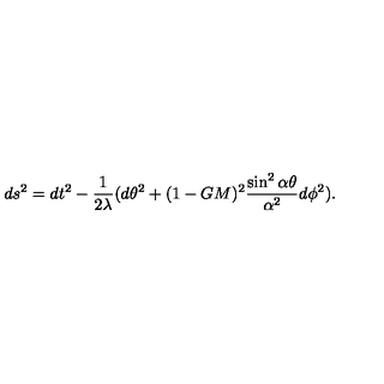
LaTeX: d s ^ { 2 } = d t ^ { 2 } - \frac { 1 } { 2 \lambda } ( d \theta ^ { 2 } + ( 1 - G M ) ^ { 2 } \frac { \sin ^ { 2 } \alpha \theta } { \alpha ^ { 2 } } d \phi ^ { 2 } ) .